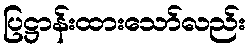
ပြဋ္ဌာန်းထားသော်လည်း